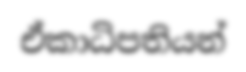
ඒකාධිපතියන්